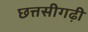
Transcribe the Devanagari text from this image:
छत्तसीगढ़ी